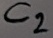
Text: C2